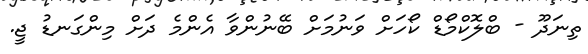
ތިނަދޫ - ބްލޮކްމޯޑް ކޯހަށް ވަނުމަށް ބޭނުންވާ އެންމެ ދަށް މިންގަނޑު ޖީ.